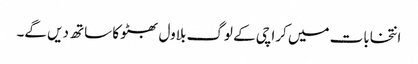
انتخابات میں کراچی کے لوگ بلاول بھٹو کا ساتھ دیں گے۔